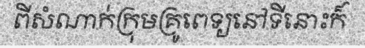
ពីសំណាក់ក្រុមគ្រូពេទ្យនៅទីនោះក៏